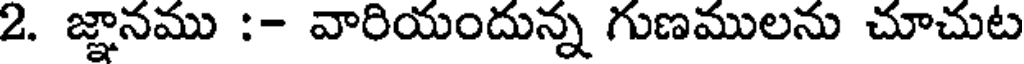
2. జ్ఞానము :- వారియందున్న గుణములను చూచుట